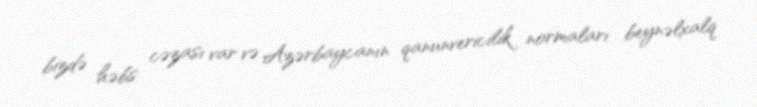
bizdə həbs cəzası var və Azərbaycanın qanunvericilik normaları beynəlxalq